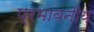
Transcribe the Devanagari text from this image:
प्रभावनीय